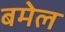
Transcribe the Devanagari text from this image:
बमेल